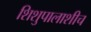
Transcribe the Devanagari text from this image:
शिशुपालाशीच